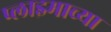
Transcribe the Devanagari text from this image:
प्लाझ्माच्या